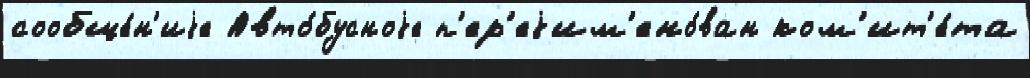
сообще́н'иjе Авто́бусноjе п'ер'еjим'ено́ван ком'ит'е́та